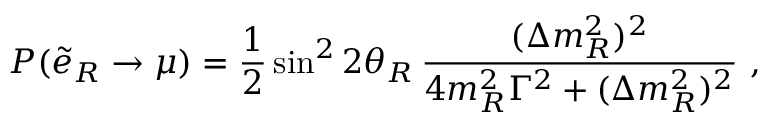
P ( \tilde { e } _ { R } \to \mu ) = \frac { 1 } { 2 } \sin ^ { 2 } 2 \theta _ { R } \, \frac { ( \Delta m _ { R } ^ { 2 } ) ^ { 2 } } { 4 m _ { R } ^ { 2 } \Gamma ^ { 2 } + ( \Delta m _ { R } ^ { 2 } ) ^ { 2 } } \ ,